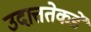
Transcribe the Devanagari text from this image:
उदात्ततेकडे